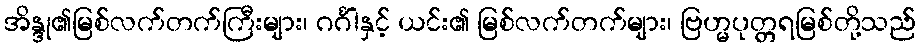
အိန္ဒု၏မြစ်လက်တက်ကြီးများ၊ ဂင်္ဂါနှင့် ယင်း၏ မြစ်လက်တက်များ၊ ဗြဟ္မပုတ္တရမြစ်တို့သည်